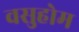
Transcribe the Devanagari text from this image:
वसुहोम